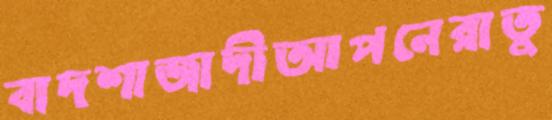
বাদশাজাদীআপনেরাতু